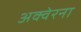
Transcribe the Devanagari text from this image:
अक्वेरना